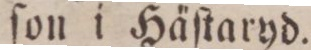
ſon i Häſtaryd.